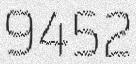
9452